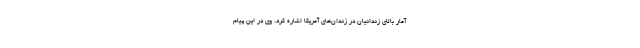
آمار بالای زندانیان در زندان‌های آمریکا اشاره کرد. وی در این پیام